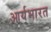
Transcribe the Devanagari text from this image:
आर्यभारत